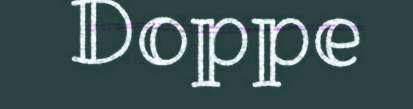
Doppe